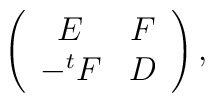
\left( \begin{array}{cc}                  E & F \\ -^{t}F & D          \end{array}          \right),